Cholera in southern India
Disease focus: Cholera
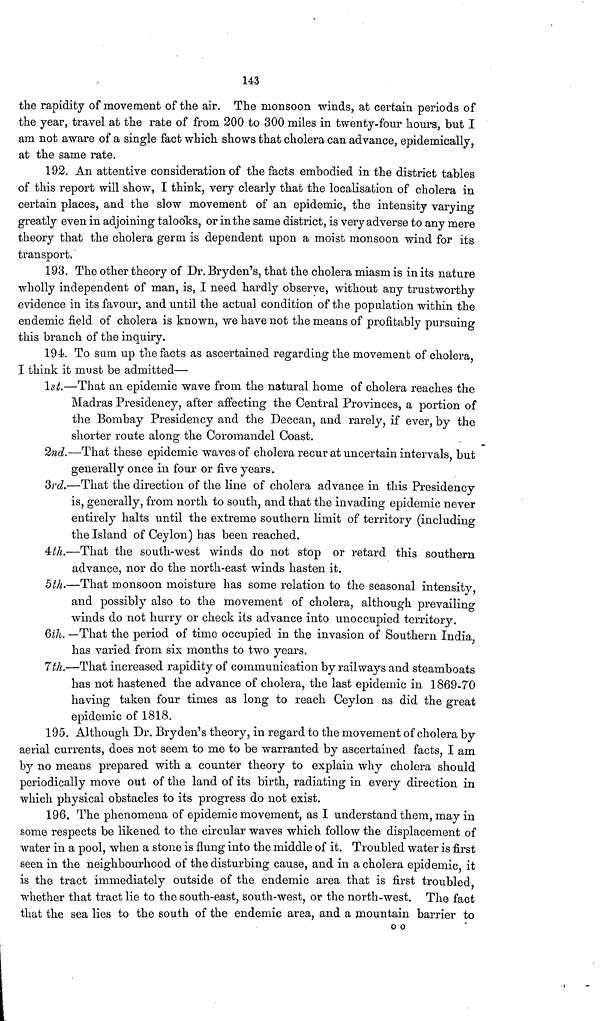
143
the rapidity of movement of the air. The monsoon winds, at certain periods of
the year, travel at the rate of from 200 to 300 miles in twenty-four hours, but I
am not aware of a single fact which shows that cholera can advance, epidemically,
at the same rate.
192. An attentive consideration of the tacts embodied in the district tables
of this report will show, I think, very clearly that the localisation of cholera in
certain places, and the slow movement of an epidemic, the intensity varying
greatly even in adjoining talooks, or in the same district, is very adverse to any mere
theory that the cholera germ is dependent upon a moist monsoon wind for its
transport.
193. The other theory of Dr. Bryden's, that the cholera miasm is in its nature
wholly independent of man, is, I need hardly observe, without any trustworthy
evidence in its favour, and until the actual condition of the population within the
endemic field of cholera is known, we have not the means of profitably pursuing
this branch of the inquiry.
194. To sum up the facts as ascertained regarding the movement of cholera,
I think it must be admitted—
1st.—That an epidemic wave from the natural home of cholera reaches the
Madras Presidency, after affecting the Central Provinces, a portion of
the Bombay Presidency and the Deccan, and rarely, if ever, by the
shorter route along the Coromandel Coast.
2nd.—That these epidemic waves of cholera recur at uncertain intervals, but
generally once in four or five years.
3rd.—That the direction of the line of cholera advance in this Presidency
is, generally, from north to south, and that the invading epidemic never
entirely halts until the extreme southern limit of territory (including
the Island of Ceylon) has been reached.
4th.—That the south-west winds do not stop or retard this southern
advance, nor do the north-east winds hasten it.
5th.—That monsoon moisture has some relation to the seasonal intensity,
and possibly also to the movement of cholera, although prevailing
winds do not harry or check its advance into unoccupied territory.
6th. —That the period of time occupied in the invasion of Southern India,
has varied from six months to two years.
7th.—That increased rapidity of communication by railways and steamboats
has not hastened the advance of cholera, the last epidemic in 1869-70
having taken four times as long to reach Ceylon as did the great
enidemic of 1818.
195. Although Dr. Bryden's theory, in regard to the movement of cholera by
aerial currents, does not seem to me to be warranted by ascertained facts, I am
by no means prepared with a counter theory to explain why cholera should
periodically move out of the land of its birth, radiating in every direction in
which physical obstacles to its progress do not exist.
196. The phenomena oí epidemic movement, as 1 understand them, may in
some respects be likened to the circular waves which follow the displacement of
water in a pool, when a stone is flung into the middle of it. Troubled water is first
seen in the neighbourhood of the disturbing cause, and in a cholera epidemic, it
is the tract immediately outside of the endemic area that is first troubled,
whether that tract lie to the south-east, south-west, or the north-west. The fact
that the sea lies to the south of the endemic area, and a mountain barrier to
o o